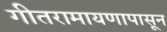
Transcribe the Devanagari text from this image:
गीतरामायणापासून